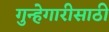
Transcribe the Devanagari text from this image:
गुन्हेगारीसाठी